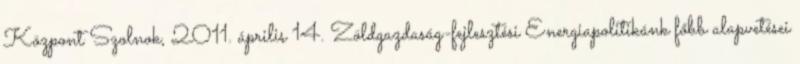
Központ Szolnok, 2011. április 14. Zöldgazdaság-fejlesztési Energiapolitikánk főbb alapvetései